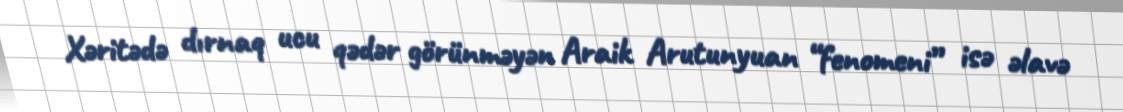
Xəritədə dırnaq ucu qədər görünməyən Araik Arutunyuan “fenomeni” isə əlavə